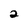
Character: 2